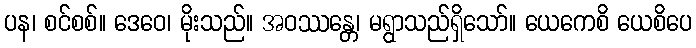
ပန၊ စင်စစ်။ ဒေဝေ၊ မိုးသည်။ အဝဿန္တေ၊ မရွာသည်ရှိသော်။ ယေကေစိ ယေစိပေ